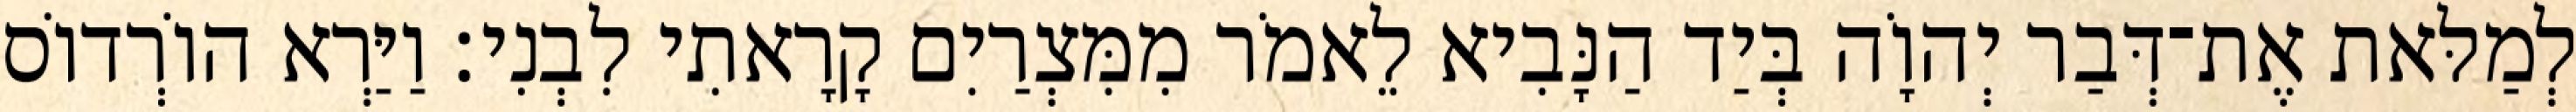
לְמַלּאת אֶת־דְּבַר יְהוָֹה בְּיַד הַנָּבִיא לֵאמֹר מִמִּצְרַיִם קָרָאתִי לִבְנִי׃ וַיַּרְא הוֹרְדוֹס